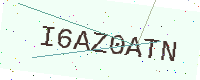
Text: I6AZ0ATN